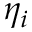
\eta _ { i }